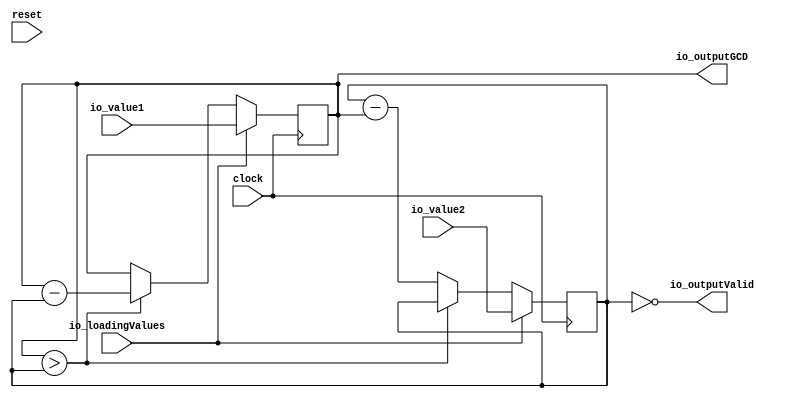
module GCD(
  input         clock,
  input         reset,
  input  [15:0] io_value1,
  input  [15:0] io_value2,
  input         io_loadingValues,
  output [15:0] io_outputGCD,
  output        io_outputValid
);
  reg [15:0] x; // @[GCD.scala 21:15]
  reg [31:0] _RAND_0;
  reg [15:0] y; // @[GCD.scala 22:15]
  reg [31:0] _RAND_1;
  wire  _T; // @[GCD.scala 24:10]
  wire [15:0] _T_2; // @[GCD.scala 24:24]
  wire [15:0] _T_4; // @[GCD.scala 25:25]
  assign _T = x > y; // @[GCD.scala 24:10]
  assign _T_2 = x - y; // @[GCD.scala 24:24]
  assign _T_4 = y - x; // @[GCD.scala 25:25]
  assign io_outputGCD = x; // @[GCD.scala 32:16]
  assign io_outputValid = y == 16'h0; // @[GCD.scala 33:18]
`ifdef RANDOMIZE_GARBAGE_ASSIGN
`define RANDOMIZE
`endif
`ifdef RANDOMIZE_INVALID_ASSIGN
`define RANDOMIZE
`endif
`ifdef RANDOMIZE_REG_INIT
`define RANDOMIZE
`endif
`ifdef RANDOMIZE_MEM_INIT
`define RANDOMIZE
`endif
`ifndef RANDOM
`define RANDOM $random
`endif
`ifdef RANDOMIZE_MEM_INIT
  integer initvar;
`endif
`ifndef SYNTHESIS
initial begin
  `ifdef RANDOMIZE
    `ifdef INIT_RANDOM
      `INIT_RANDOM
    `endif
    `ifndef VERILATOR
      `ifdef RANDOMIZE_DELAY
        #`RANDOMIZE_DELAY begin end
      `else
        #0.002 begin end
      `endif
    `endif
  `ifdef RANDOMIZE_REG_INIT
  _RAND_0 = {1{`RANDOM}};
  x = _RAND_0[15:0];
  `endif // RANDOMIZE_REG_INIT
  `ifdef RANDOMIZE_REG_INIT
  _RAND_1 = {1{`RANDOM}};
  y = _RAND_1[15:0];
  `endif // RANDOMIZE_REG_INIT
  `endif // RANDOMIZE
end // initial
`endif // SYNTHESIS
  always @(posedge clock) begin
    if (io_loadingValues) begin
      x <= io_value1;
    end else if (_T) begin
      x <= _T_2;
    end
    if (io_loadingValues) begin
      y <= io_value2;
    end else if (!(_T)) begin
      y <= _T_4;
    end
  end
endmodule